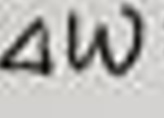
$\Delta w$